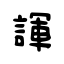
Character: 諢